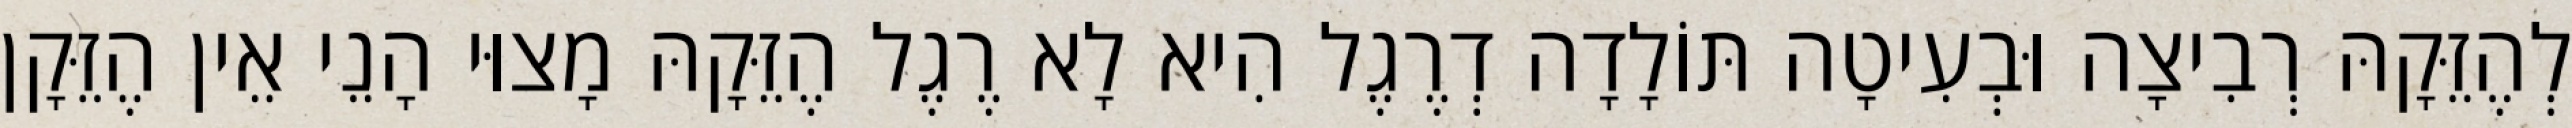
לְהֶזֵּקָהּ רְבִיצָה וּבְעִיטָה תּוֹלָדָה דְרֶגֶל הִיא לָא רֶגֶל הֶזֵּקָהּ מָצוּי הָנֵי אֵין הֶזֵּקָן